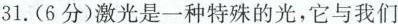
31.(6分)激光是一种特殊的光，它与我们